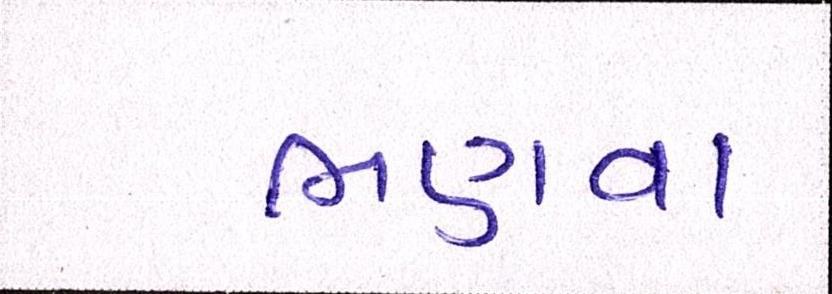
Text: ભણવા